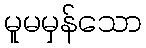
မူမမှန်သော